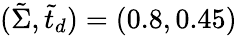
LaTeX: (\tilde{\Sigma},\tilde{t}_{d})=(0.8,0.45)